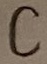
Text: C